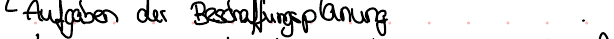
Aufgaben der Beschaffungsplanung